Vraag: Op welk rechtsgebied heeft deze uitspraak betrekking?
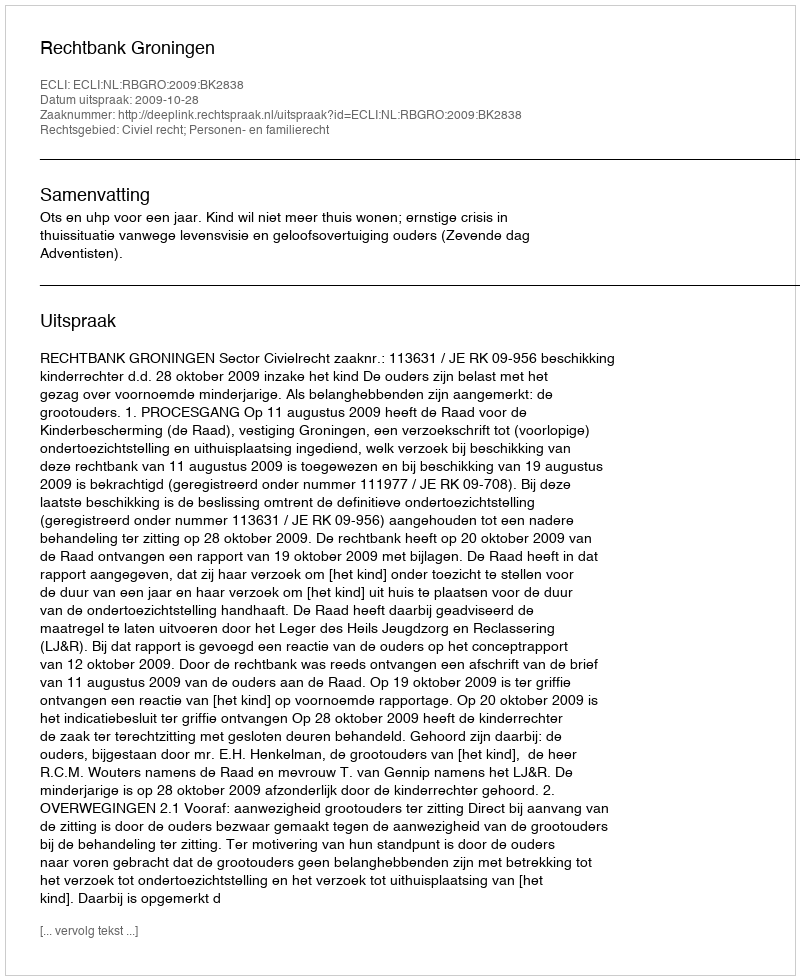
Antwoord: Civiel recht; Personen- en familierecht